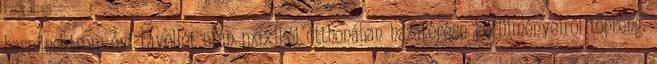
harminchárom évi távollét után mexikói otthonában hazatérése körülményeiről töpreng.